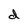
Character: d